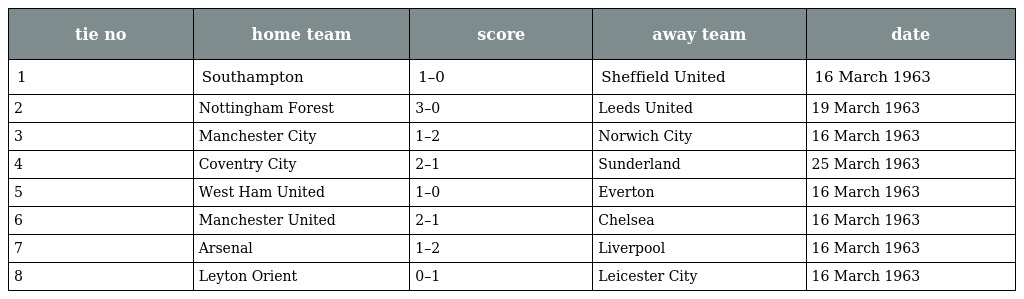
| tie no | home team | score | away team | date |
 | --- | --- | --- | --- | --- |
 | 1 | Southampton | 1–0 | Sheffield United | 16 March 1963 |
 | 2 | Nottingham Forest | 3–0 | Leeds United | 19 March 1963 |
 | 3 | Manchester City | 1–2 | Norwich City | 16 March 1963 |
 | 4 | Coventry City | 2–1 | Sunderland | 25 March 1963 |
 | 5 | West Ham United | 1–0 | Everton | 16 March 1963 |
 | 6 | Manchester United | 2–1 | Chelsea | 16 March 1963 |
 | 7 | Arsenal | 1–2 | Liverpool | 16 March 1963 |
 | 8 | Leyton Orient | 0–1 | Leicester City | 16 March 1963 |